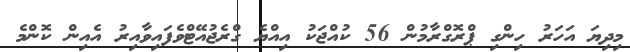
މިދިޔަ އަހަރު ހިންގި ޕްރޮގްރާމުން 56 ކުއްޖަކު އިއްޔެ ގްރެޖުއޭޓްވެފައިވާއިރު އެއިން ކޮންމެ